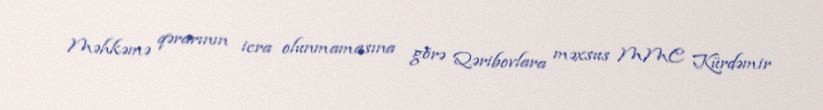
Məhkəmə qərarının icra olunmamasına görə Qəribovlara məxsus MMC Kürdəmir